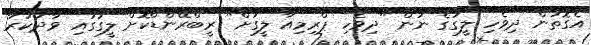
އެގޮތުން ދިވެހި ލީގުގެ ނަން "ދިވެހި ޕްރިމިއާ ލީގަށް" ރީބްރޭންޑްކޮށް ލީގުގައި ވާދަކުރާ